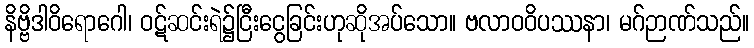
နိဗ္ဗိဒါဝိရောဂေါ၊ ဝဋ်ဆင်းရဲ၌ငြီးငွေခြင်းဟုဆိုအပ်သော။ ဗလာဝဝိပဿနာ၊ မဂ်ဉာဏ်သည်။